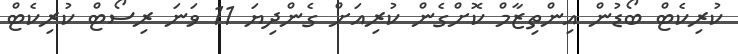
ކުރިކެޓް ބޯޑުން އިންތިޒާމް ކޮށްގެން ކުރިއަށް ގެންދިޔަ 11 ވަނަ ރިސޯޓް ކުރިކެޓް